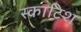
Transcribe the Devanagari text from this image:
स्‍काटिश